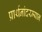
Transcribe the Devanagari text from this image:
प्रार्थनांदरम्यान